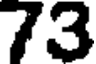
73